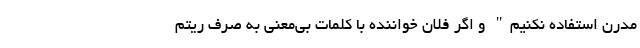
مدرن استفاده نکنیم" و اگر فلان خواننده با کلمات بی‌معنی به صرف ریتم